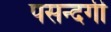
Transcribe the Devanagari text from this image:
पसन्दगी